Indian journal of veterinary science and animal husbandry - Volume 9,
Year: 1939
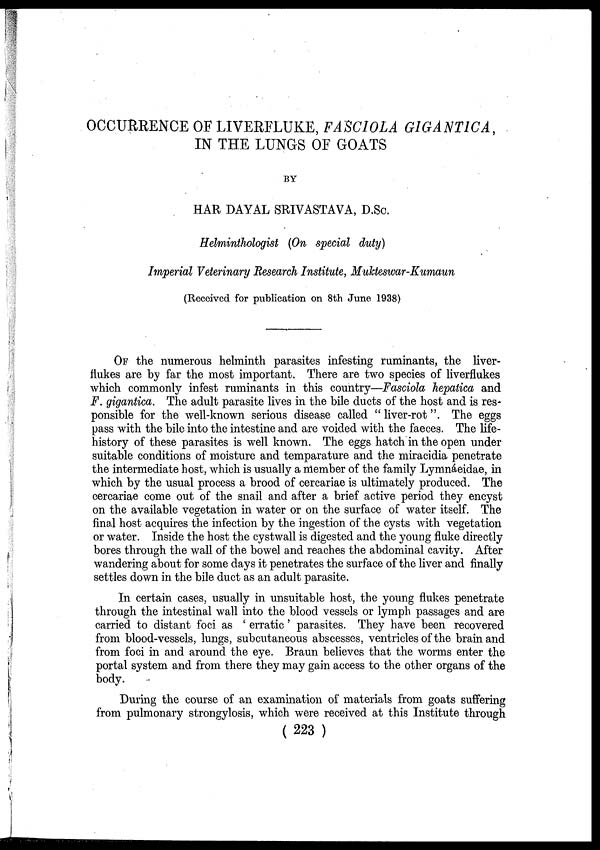
OCCURRENCE OF LIVERFLUKE, FASCIOLA GIGANTICA,
IN THE LUNGS OF GOATS
BY
HAR DAYAL SRIVASTAVA, D.Sc.
Helminthologist (On special duty)
Imperial Veterinary Research Institute, Mukteswar-Kumaun
(Received for publication on 8th June 1938)
OF the numerous helminth parasites infesting ruminants, the liver-
flukes are by far the most important. There are two species of liverflukes
which commonly infest ruminants in this country—Fasciola hepatica and
F. gigantica. The adult parasite lives in the bile ducts of the host and is res-
ponsible for the well-known serious disease called " liver-rot". The eggs
pass with the bile into the intestine and are voided with the faeces. The life-
history of these parasites is well known. The eggs hatch in the open under
suitable conditions of moisture and temparature and the miracidia penetrate
the intermediate host, which is usually a member of the family Lymnáeidae, in
which by the usual process a brood of cercariae is ultimately produced. The
cercariae come out of the snail and after a brief active period they encyst
on the available vegetation in water or on the surface of water itself. The
final host acquires the infection by the ingestion of the cysts with vegetation
or water. Inside the host the cystwall is digested and the young fluke directly
bores through the wall of the bowel and reaches the abdominal cavity. After
wandering about for some days it penetrates the surface of the liver and finally
settles down in the bile duct as an adult parasite.
In certain cases, usually in unsuitable host, the young flukes penetrate
through the intestinal wall into the blood vessels or lymph passages and are
carried to distant foci as ' erratic' parasites. They have been recovered
from blood-vessels, lungs, subcutaneous abscesses, ventricles of the brain and
from foci in and around the eye. Braun believes that the worms enter the
portal system and from there they may gain access to the other organs of the
body.
During the course of an examination of materials from goats suffering
from pulmonary strongylosis, which were received at this Institute through
( 223 )